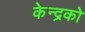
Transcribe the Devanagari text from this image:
केन्द्रको